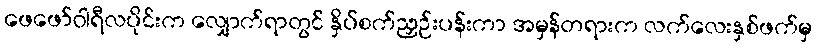
ဖေဖော်ဝါရီလပိုင်းက လျှောက်ရာတွင် နှိပ်စက်ညှဉ်းပန်းကာ အမှန်တရားက လက်လေးနှစ်ဖက်မှ